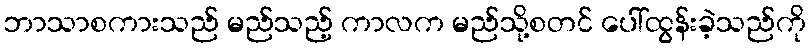
ဘာသာစကားသည် မည်သည့် ကာလက မည်သို့စတင် ပေါ်ထွန်းခဲ့သည်ကို